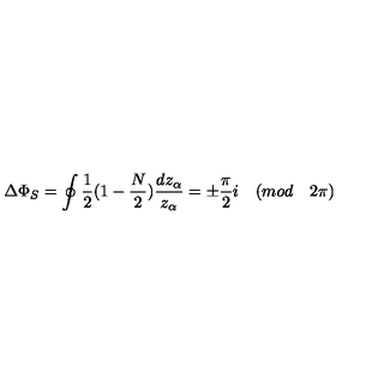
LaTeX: \Delta \Phi _ { S } = \oint \frac { 1 } { 2 } ( 1 - \frac { N } { 2 } ) \frac { d z _ { \alpha } } { z _ { \alpha } } = \pm \frac { \pi } { 2 } i \quad ( m o d \quad 2 \pi )